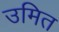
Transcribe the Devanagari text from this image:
उमित